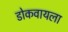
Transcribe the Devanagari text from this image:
डोकवायला